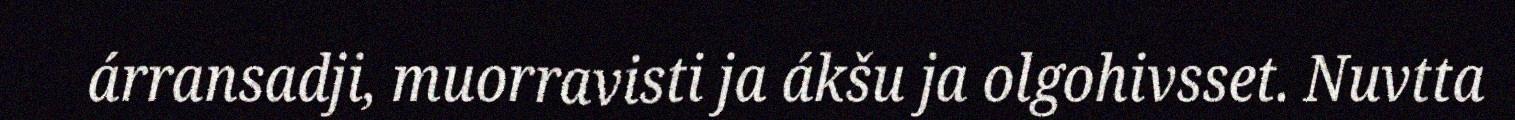
árransadji, muorravisti ja ákšu ja olgohivsset. Nuvtta